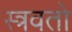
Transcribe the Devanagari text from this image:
स्त्रवतो